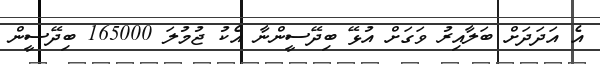
އެ އަދަދަށް ބަލާއިރު ވަގަށް އުޅޭ ބިދޭސީންނާ އެކު ޖުމުލަ 165000 ބިދޭސީން